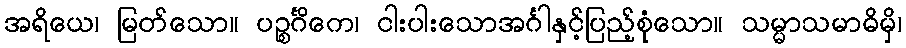
အရိယေ၊ မြတ်သော။ ပဉ္စင်္ဂိကေ၊ ငါးပါးသောအင်္ဂါနှင့်ပြည့်စုံသော။ သမ္မာသမာဓိမှိ၊